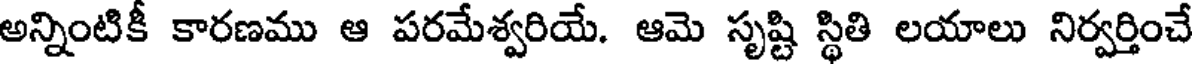
అన్నింటికీ కారణము ఆ పరమేశ్వరియే. ఆమె సృష్టి స్థితి లయాలు నిర్వర్తించే